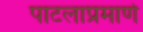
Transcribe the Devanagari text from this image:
पाटलाप्रमाणे